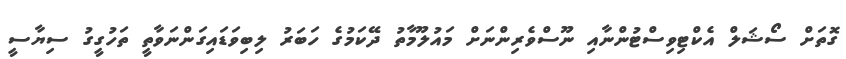
ގޮތަށް ސޯޝަލް އެކްޓިވިސްޓުންނާއި ނޫސްވެރިންނަށް މައުލޫމާތު ދޭކަމުގެ ހަބަރު ލިބިވަޑައިގަންނަވާތީ ތަހުގީގު ސިޔާސީ